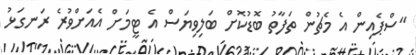
"ސްޕެއިން އެ މެޗުން ތަފާތު ބޮޑުކޮށް ބަލިވިޔަސް އެ ޓީމަށް އެއަށްވުރެ ރަނގަޅު